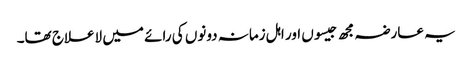
یہ عارضہ مجھ جیسوں اور اہل زمانہ دونوں کی رائے میں لاعلاج تھا۔